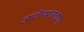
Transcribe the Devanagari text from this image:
आरोग्यशास्त्राच्या